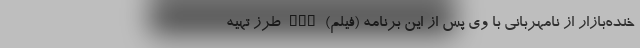
خنده‌بازار از نامهربانی با وی پس از این برنامه (فیلم) nan طرز تهیه